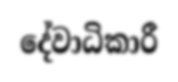
දේවාධිකාරී